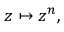
z \mapsto z ^ { n } ,